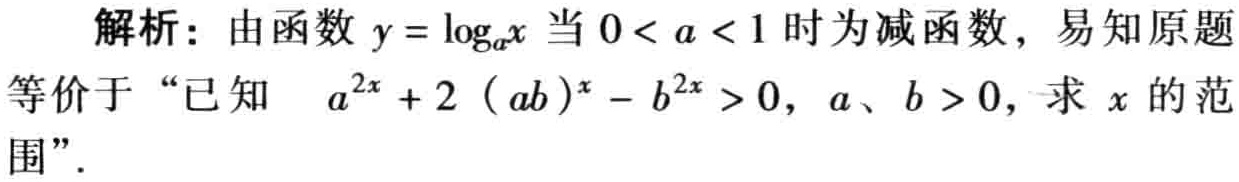
解析：由函数\(y = \log_{a}x\)当\(0 < a < 1\)时为减函数，易知原题
等价于“已知 \(a^{2x} + 2(ab)^{x} - b^{2x} > 0\)，\(a、b > 0\)，求 \(x\) 的范
围”．